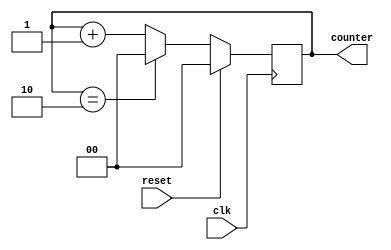
`timescale 1ns / 1ps

module mod_3_counter
       (input clk,reset, output reg [1:0] counter);
        
        always@(posedge clk)
        begin
            if(reset)
            counter <= 0;
            else
                if(counter == 2)
                counter <= 0;
                else
                counter <= counter + 1;
         end        
endmodule

module D_flipflop(
    input clk, reset, d,
    output reg Q
    );
    
    always@(posedge clk)
          begin
            if({reset})
                Q<= 1'b0;
            else 
                Q <= d;
            end

endmodule

module freq_div_by3(
    input clk, reset,
    output clk_by3
    );
    wire[1:0] q;
    wire temp; 
    
    mod_3_counter M3C(clk, reset, q);
    
    D_flipflop D(~clk, reset, q[1], temp);
    
    or(clk_by3, q[1], temp);
    
endmodule